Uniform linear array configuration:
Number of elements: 64
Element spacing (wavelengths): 0.25
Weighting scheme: binomial
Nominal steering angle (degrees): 15
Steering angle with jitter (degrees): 14.756
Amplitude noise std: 0.05
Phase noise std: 0.05

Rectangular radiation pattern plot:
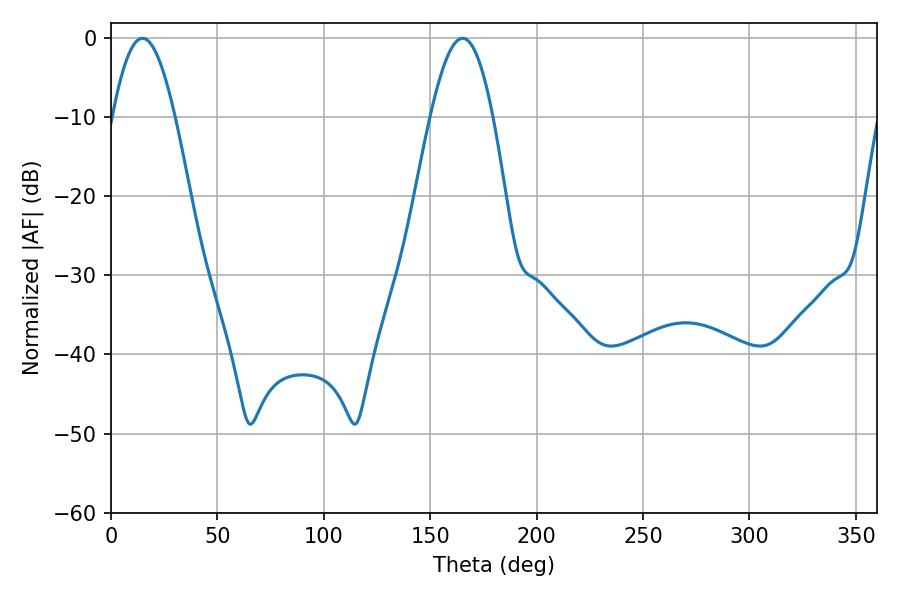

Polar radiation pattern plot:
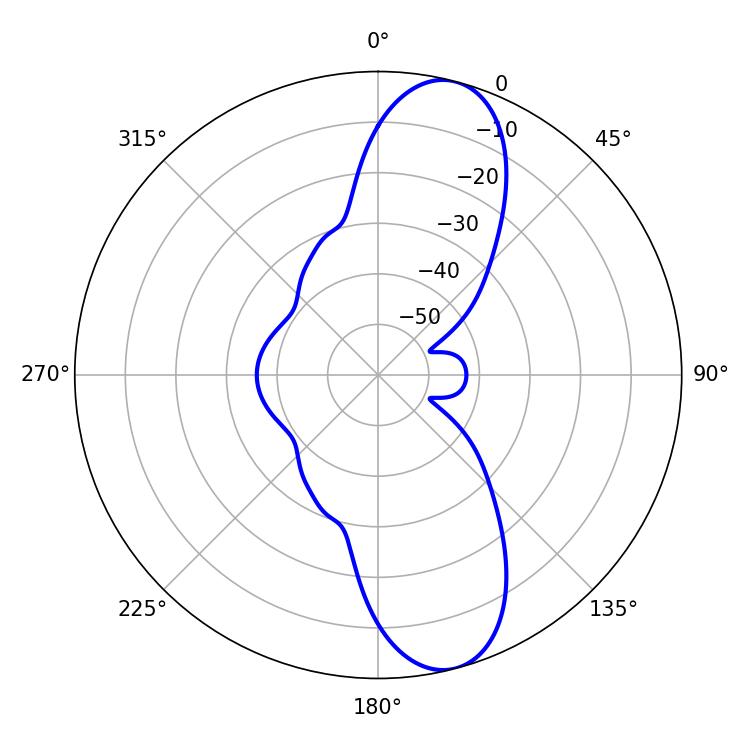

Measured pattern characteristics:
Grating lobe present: FALSE
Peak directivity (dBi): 11.084
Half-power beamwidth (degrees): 15.84
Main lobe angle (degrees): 14.76